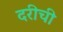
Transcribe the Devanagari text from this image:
दरीची